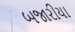
બજારીયા